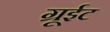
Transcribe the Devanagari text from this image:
ग्रूईट